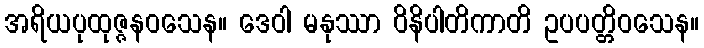
အရိယပုထုဇ္ဇနဝသေန။ ဒေဝါ မနုဿာ ဝိနိပါတိကာတိ ဥပပတ္တိဝသေန။